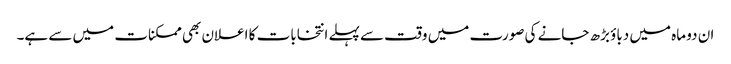
ان دو ماہ میں دباؤ بڑھ جانے کی صورت میں وقت سے پہلے انتخابات کا اعلان بھی ممکنات میں سے ہے۔